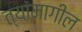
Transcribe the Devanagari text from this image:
त्यांमागील